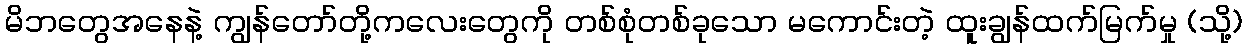
မိဘတွေအနေနဲ့ ကျွန်တော်တို့ကလေးတွေကို တစ်စုံတစ်ခုသော မကောင်းတဲ့ ထူးချွန်ထက်မြက်မှု (သို့)